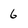
Character: 6